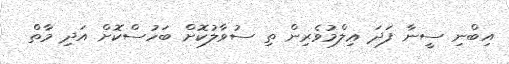
އިބްނި ސީނާ ފަދަ ޢިލްމުވެރިން ތި ސުވާލުކޮށް ބަހުސްކޮށް އަދި މާތް